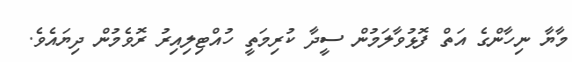
މާޔާ ނިހާންގެ އަތް ފޮޅުވާލަމުން ސީދާ ކުރިމަތީ ހުއްޓިލިއިރު ރޮވެމުން ދިޔައެވެ.